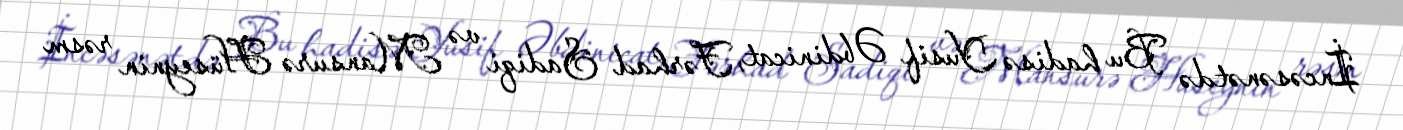
İncəsənətdə Bu hadisə Yusif Əbdinicat, Fərhad Sadiqi və Mansurə Hüseynin rəsm